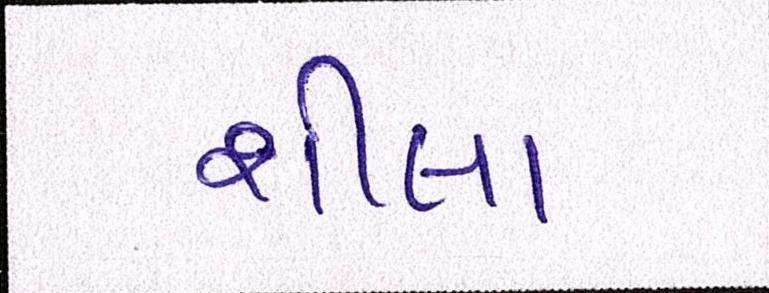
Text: શીલા